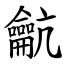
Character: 䶳